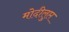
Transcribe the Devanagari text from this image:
मोदीलुप्त